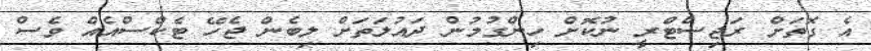
އެ ގޮތަށް ރަޖިސްޓްރީ ނުކޮށް ހިންގުމުން ދައުލަތަށް ލިބެން ޖެހޭ ޓެކްސްއެއް ވެސް